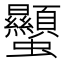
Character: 𧖙